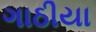
ગાઠીયા